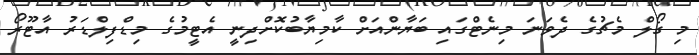
މި ގޯލް މެޗުގެ ދެވަނަ މިނެޓްގައި ބަޔާންއަށް ކާމިޔާބުކޮށްދިނީ އެޓީމުގެ މިޑްފިލްޑަރު އާޓޫރޯ